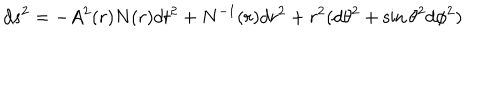
LaTeX: d s ^ { 2 } = - A ^ { 2 } ( r ) N ( r ) d t ^ { 2 } + N ^ { - 1 } ( r ) d r ^ { 2 } + r ^ { 2 } ( d \theta ^ { 2 } + \sin \theta ^ { 2 } d \phi ^ { 2 } )